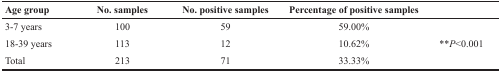
<table><thead><tr><td><b>Age group</b></td><td><b>No. samples</b></td><td><b>No. positive samples</b></td><td><b>Percentage of positive samples</b></td><td></td></tr></thead><tbody><tr><td>3-7 years</td><td>100</td><td>59</td><td>59.00%</td><td></td></tr><tr><td>18-39 years</td><td>113</td><td>12</td><td>10.62%</td><td>**<i>P</i>&lt;0.001</td></tr><tr><td>Total</td><td>213</td><td>71</td><td>33.33%</td><td></td></tr></tbody></table>